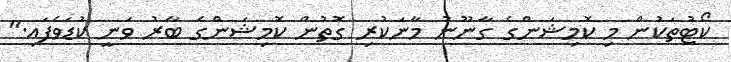
ކޯޓުތަކުން މި ކޮމިޝަންގެ ގާނޫނު މާނަކުރި ގޮތުން ކޮމިޝަންގެ ބާރު ވަނީ ކުޑަވެފައި."